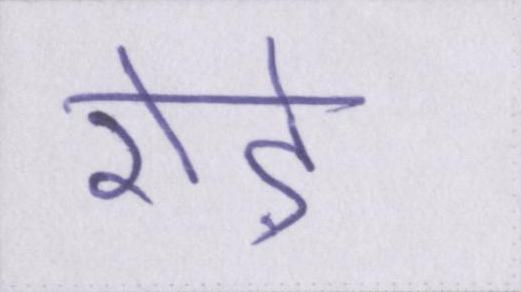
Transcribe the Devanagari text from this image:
रोड़े